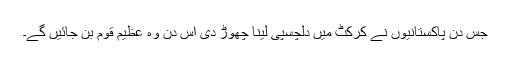
جس دن پاکستانیوں نے کرکٹ میں دلچسپی لینا چھوڑ دی اس دن وہ عظیم قوم بن جائیں گے۔